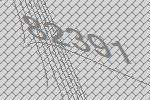
82391